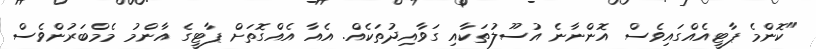
"ކޮންމެ ޕާޓީއެއްގައިވެސް އޮންނާނެ އުސޫލުތަކާއި ގަވާއިދުތަކެއް. އެއާ އެއްގޮތަށް ޕާޓީގެ އާންމު މެމްބަރުންވެސް